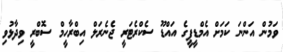
ވަމުން އަންނަ ކަމަށް އެމްޑީޕީގެ އައްޑޫ ސެކްރެޓަރީ ޖެނެރަލް އިބްރާހީމް ސޮބްރީ ވިދާޅުވި